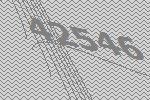
42546